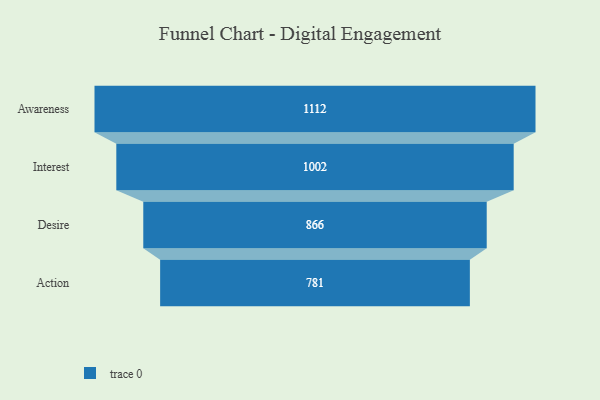
{"axis": {"x": "Stage", "y": "Value"}, "legend": [""], "data": [{"x": "Awareness", "y": 1112.0, "type": ""}, {"x": "Interest", "y": 1002.0, "type": ""}, {"x": "Desire", "y": 866.0, "type": ""}, {"x": "Action", "y": 781.0, "type": ""}]}